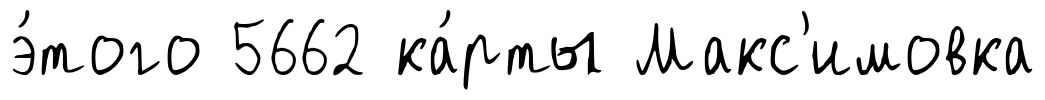
э́того 5662 ка́рты Макс'имовка